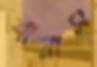
শানাস